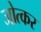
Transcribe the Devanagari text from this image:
जोत्कर